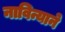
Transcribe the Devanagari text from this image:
नाविन्याने